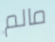
مالم